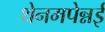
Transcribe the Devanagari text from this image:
थेनमपेन्नई